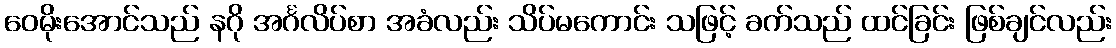
ဝေမိုးအောင်သည် နဂို အင်္ဂလိပ်စာ အခံလည်း သိပ်မကောင်း သဖြင့် ခက်သည် ထင်ခြင်း ဖြစ်ချင်လည်း